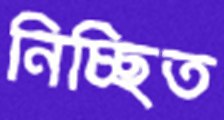
নিচ্ছিত